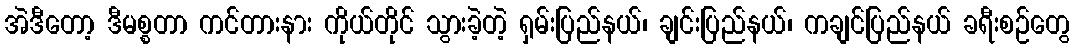
အဲဒီတော့ ဒီမစ္စတာ ကင်တားနား ကိုယ်တိုင် သွားခဲ့တဲ့ ရှမ်းပြည်နယ်၊ ချင်းပြည်နယ်၊ ကချင်ပြည်နယ် ခရီးစဉ်တွေ